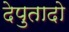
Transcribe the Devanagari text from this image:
देपुतादो